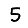
Digit: 5